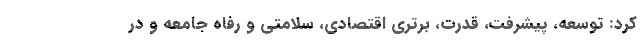
کرد: توسعه، پیشرفت، قدرت، برتری اقتصادی، سلامتی و رفاه جامعه و در